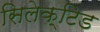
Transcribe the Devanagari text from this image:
सिलेक्टिड